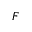
F